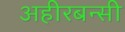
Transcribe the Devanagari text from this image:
अहीरबन्सी